Source: Handwritten
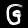
Digit: ၆ (6)